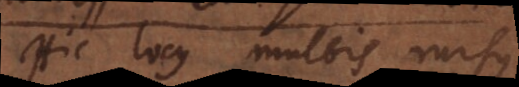
Hic locus multis rursus